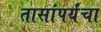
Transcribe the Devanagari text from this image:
तासांपर्यंचा